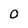
Character: O